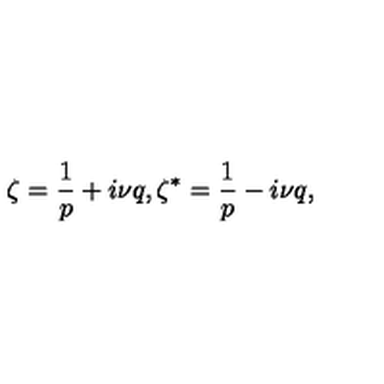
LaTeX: \zeta = \frac { 1 } { p } + i \nu q , \zeta ^ { * } = \frac { 1 } { p } - i \nu q ,